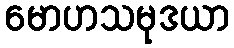
မောဟသမုဒယာ